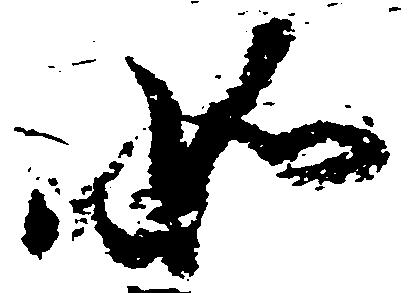
如